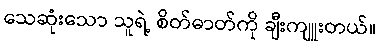
သေဆုံးသော သူရဲ့ စိတ်ဓာတ်ကို ချီးကျူးတယ်။